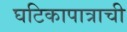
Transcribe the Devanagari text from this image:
घटिकापात्राची